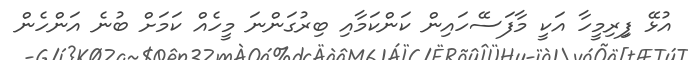
އުޅޭ ފިިރިމީހާ އަކީ މާފަސޭހައިން ކަންކަމާއި ބިރުގަންނަ މީހެއް ކަމަށް ބުނެ އަންހެން